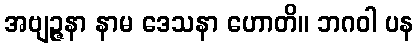
အဗျဉ္ဇနာ နာမ ဒေသနာ ဟောတိ။ ဘဂဝါ ပန